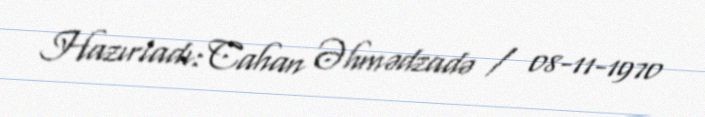
Hazırladı: Cahan Əhmədzadə / 08-11-1970